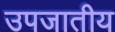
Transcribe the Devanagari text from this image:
उपजातीय